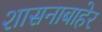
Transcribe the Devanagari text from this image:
शासनाबाहेर